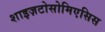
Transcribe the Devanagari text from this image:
शाइज़टोसोमिएसिस